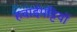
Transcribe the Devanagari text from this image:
हवाईपट्टियों